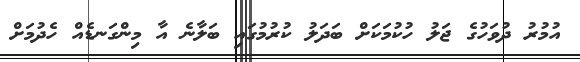
އުމުރު ދުވަހުގެ ޖަލު ހުކުމަކަށް ބަދަލު ކުރުމުގައި ބަލާނެ އާ މިންގަނޑެއް ހެދުމަށް